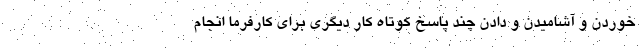
خوردن و آشامیدن و دادن چند پاسخ کوتاه کار دیگری برای کارفرما انجام